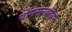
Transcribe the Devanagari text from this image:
थॉमसनबरोबर